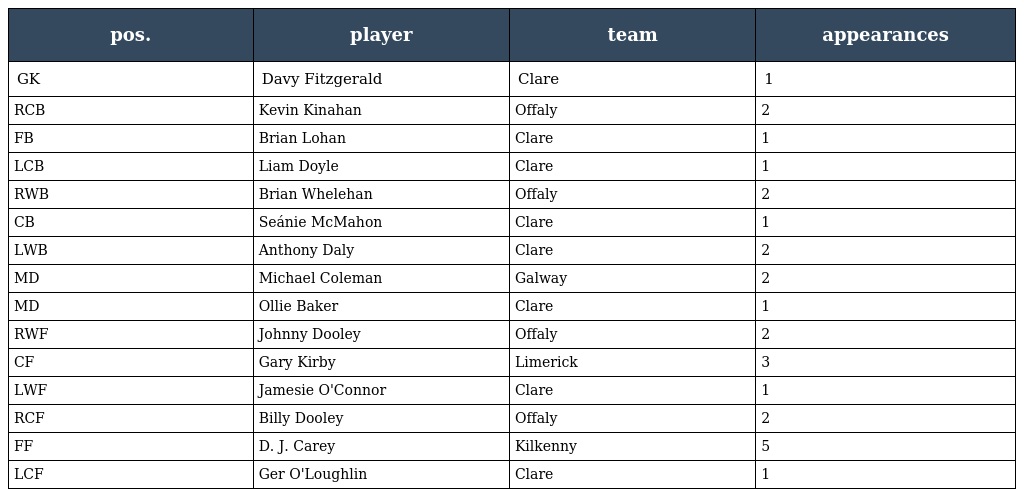
| pos. | player | team | appearances |
 | --- | --- | --- | --- |
 | GK | Davy Fitzgerald | Clare | 1 |
 | RCB | Kevin Kinahan | Offaly | 2 |
 | FB | Brian Lohan | Clare | 1 |
 | LCB | Liam Doyle | Clare | 1 |
 | RWB | Brian Whelehan | Offaly | 2 |
 | CB | Seánie McMahon | Clare | 1 |
 | LWB | Anthony Daly | Clare | 2 |
 | MD | Michael Coleman | Galway | 2 |
 | MD | Ollie Baker | Clare | 1 |
 | RWF | Johnny Dooley | Offaly | 2 |
 | CF | Gary Kirby | Limerick | 3 |
 | LWF | Jamesie O'Connor | Clare | 1 |
 | RCF | Billy Dooley | Offaly | 2 |
 | FF | D. J. Carey | Kilkenny | 5 |
 | LCF | Ger O'Loughlin | Clare | 1 |